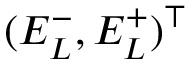
( E _ { L } ^ { - } , E _ { L } ^ { + } ) ^ { \top }